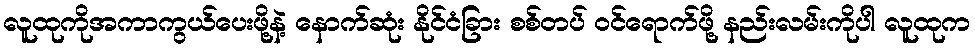
လူထုကိုအကာကွယ်ပေးဖို့နဲ့ နောက်ဆုံး နိုင်ငံခြား စစ်တပ် ဝင်ရောက်ဖို့ နည်းလမ်းကိုပါ လူထုက